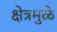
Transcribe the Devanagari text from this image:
क्षेत्रमुळे